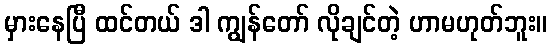
မှားနေပြီ ထင်တယ် ဒါ ကျွန်တော် လိုချင်တဲ့ ဟာမဟုတ်ဘူး။